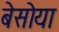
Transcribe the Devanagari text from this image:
बेसोया